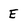
Character: E